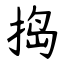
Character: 捣